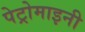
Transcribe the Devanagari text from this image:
पेट्रोमाइनी